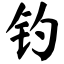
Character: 钓